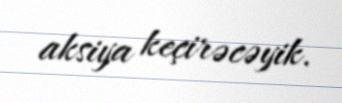
aksiya keçirəcəyik.